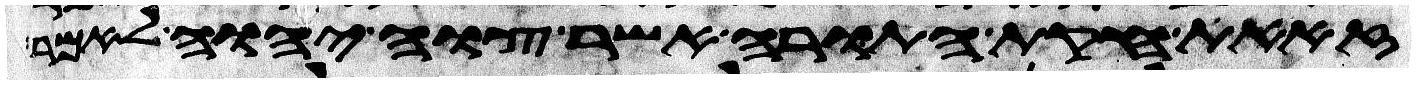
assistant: זאת חקות התורה אשר צוה יהוה לאמר